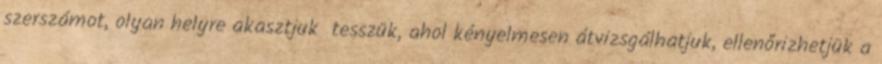
szerszámot, olyan helyre akasztjuk tesszük, ahol kényelmesen átvizsgálhatjuk, ellenőrizhetjük a